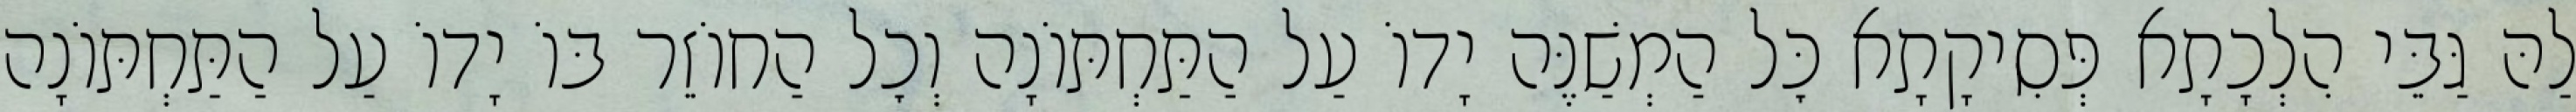
לַהּ גַּבֵּי הִלְכָתָא פְּסִיקָתָא כׇּל הַמְשַׁנֶּה יָדוֹ עַל הַתַּחְתּוֹנָה וְכׇל הַחוֹזֵר בּוֹ יָדוֹ עַל הַתַּחְתּוֹנָה